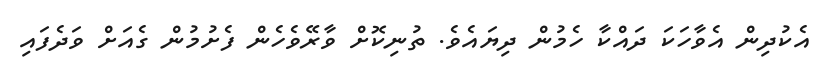
އެކުދިން އެވާހަކަ ދައްކާ ހެމުން ދިޔައެވެ. ތުނިކޮށް ވާރޭވެހެން ފެށުމުން ގެއަށް ވަދެފައި